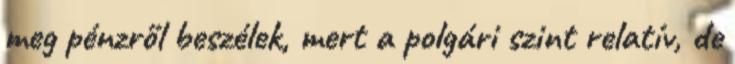
meg pénzről beszélek, mert a polgári szint relatív, de